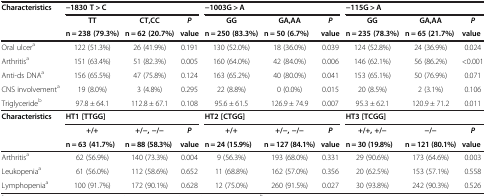
<table><thead><tr><td rowspan="3"><b>Characteristics</b></td><td colspan="3"><b>-1830 T &gt; C</b></td><td colspan="3"><b>-1003G &gt; A</b></td><td colspan="3"><b>-115G &gt; A</b></td></tr><tr><td><b>TT</b></td><td><b>CT,CC</b></td><td><b><i>P</i></b></td><td><b>GG</b></td><td><b>GA,AA</b></td><td><b><i>P</i></b></td><td><b>GG</b></td><td><b>GA,AA</b></td><td><b><i>P</i></b></td></tr><tr><td><b>n = 238 (79.3%)</b></td><td><b>n = 62 (20.7%)</b></td><td><b>value</b></td><td><b>n = 250 (83.3%)</b></td><td><b>n = 50 (6.7%)</b></td><td><b>value</b></td><td><b>n = 235 (78.3%)</b></td><td><b>n = 65 (21.7%)</b></td><td><b>value</b></td></tr></thead><tbody><tr><td>Oral ulcer<sup>a</sup></td><td>122 (51.3%)</td><td>26 (41.9%)</td><td>0.191</td><td>130 (52.0%)</td><td>18 (36.0%)</td><td>0.039</td><td>124 (52.8%)</td><td>24 (36.9%)</td><td>0.024</td></tr><tr><td>Arthritis<sup>a</sup></td><td>151 (63.4%)</td><td>51 (82.3%)</td><td>0.005</td><td>160 (64.0%)</td><td>42 (84.0%)</td><td>0.006</td><td>146 (62.1%)</td><td>56 (86.2%)</td><td>&lt;0.001</td></tr><tr><td>Anti-ds DNA<sup>a</sup></td><td>156 (65.5%)</td><td>47 (75.8%)</td><td>0.124</td><td>163 (65.2%)</td><td>40 (80.0%)</td><td>0.041</td><td>153 (65.1%)</td><td>50 (76.9%)</td><td>0.071</td></tr><tr><td>CNS involvement<sup>a</sup></td><td>19 (8.0%)</td><td>3 (4.8%)</td><td>0.295</td><td>22 (8.8%)</td><td>0 (0.0%)</td><td>0.015</td><td>20 (8.5%)</td><td>2 (3.1%)</td><td>0.106</td></tr><tr><td>Triglyceride<sup>b</sup></td><td>97.8 ± 64.1</td><td>112.8 ± 67.1</td><td>0.108</td><td>95.6 ± 61.5</td><td>126.9 ± 74.9</td><td>0.007</td><td>95.3 ± 62.1</td><td>120.9 ± 71.2</td><td>0.011</td></tr><tr><td><b>Characteristics</b></td><td colspan="3"><b>HT1 [TTGG]</b></td><td colspan="3"><b>HT2 [CTGG]</b></td><td colspan="3"><b>HT3 [TCGG]</b></td></tr><tr><td> </td><td><b>+/+</b></td><td><b>+/-, -/-</b></td><td><b><i>P</i></b></td><td><b>+/+</b></td><td><b>+/-, -/-</b></td><td><b><i>P</i></b></td><td><b>+/+, +/-</b></td><td><b>-/-</b></td><td><b><i>P</i></b></td></tr><tr><td> </td><td><b>n = 63 (41.7%)</b></td><td><b>n = 88 (58.3%)</b></td><td><b>value</b></td><td><b>n = 24 (15.9%)</b></td><td><b>n = 127 (84.1%)</b></td><td><b>value</b></td><td><b>n = 30 (19.8%)</b></td><td><b>n = 121 (80.1%)</b></td><td><b>value</b></td></tr><tr><td>Arthritis<sup>a</sup></td><td>62 (56.9%)</td><td>140 (73.3%)</td><td>0.004</td><td>9 (56.3%)</td><td>193 (68.0%)</td><td>0.331</td><td>29 (90.6%)</td><td>173 (64.6%)</td><td>0.003</td></tr><tr><td>Leukopenia<sup>a</sup></td><td>61 (56.0%)</td><td>112 (58.6%)</td><td>0.652</td><td>11 (68.8%)</td><td>162 (57.0%)</td><td>0.356</td><td>20 (62.5%)</td><td>153 (57.1%)</td><td>0.558</td></tr><tr><td>Lymphopenia<sup>a</sup></td><td>100 (91.7%)</td><td>172 (90.1%)</td><td>0.628</td><td>12 (75.0%)</td><td>260 (91.5%)</td><td>0.027</td><td>30 (93.8%)</td><td>242 (90.3%)</td><td>0.526</td></tr></tbody></table>